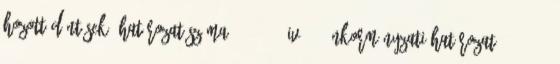
Hozott döntések: Határozat száma 18 2014. IV.01. önkormányzati határozat 19 2014.